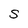
Character: S